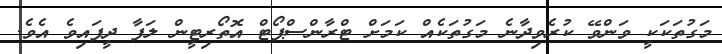
މަގުތަކަކީ ވަންވޭ ކުރެވިދާނެ މަގުތަކެއް ކަމަށް ޓްރާންސްޕޯޓް އޮތޯރިޓީން ލަފާ ދީފައިވެ އެވެ.